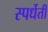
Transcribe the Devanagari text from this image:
स्पर्धेती